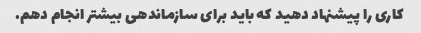
کاری را پیشنهاد دهید که باید برای سازماندهی بیشتر انجام دهم.